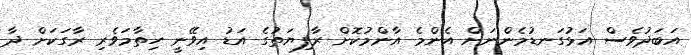
އަބަދުވެސް އަޅުގަނޑުމެންނަށް އެންމެ އާންމުކޮށް ރާފިޔަތުގެ އަޑު އިވޭނީ ހިތާމަވެރި ރާގަކަށް ދާ